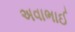
અવાભાઈ